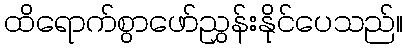
ထိရောက်စွာဖော်ညွှန်းနိုင်ပေသည်။